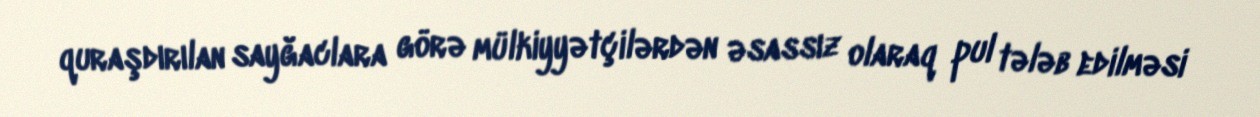
quraşdırılan sayğaclara görə mülkiyyətçilərdən əsassız olaraq pul tələb edilməsi